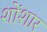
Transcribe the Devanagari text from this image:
शोंशार